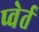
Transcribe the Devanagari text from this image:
प्वेर्त